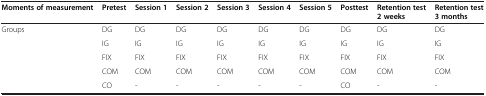
<table><thead><tr><td><b>Moments of measurement</b></td><td><b>Pretest</b></td><td><b>Session 1</b></td><td><b>Session 2</b></td><td><b>Session 3</b></td><td><b>Session 4</b></td><td><b>Session 5</b></td><td><b>Posttest</b></td><td><b>Retention test 2 weeks</b></td><td><b>Retention test 3 months</b></td></tr></thead><tbody><tr><td rowspan="5">Groups</td><td>DG</td><td>DG</td><td>DG</td><td>DG</td><td>DG</td><td>DG</td><td>DG</td><td>DG</td><td>DG</td></tr><tr><td>IG</td><td>IG</td><td>IG</td><td>IG</td><td>IG</td><td>IG</td><td>IG</td><td>IG</td><td>IG</td></tr><tr><td>FIX</td><td>FIX</td><td>FIX</td><td>FIX</td><td>FIX</td><td>FIX</td><td>FIX</td><td>FIX</td><td>FIX</td></tr><tr><td>COM</td><td>COM</td><td>COM</td><td>COM</td><td>COM</td><td>COM</td><td>COM</td><td>COM</td><td>COM</td></tr><tr><td>CO</td><td>-</td><td>-</td><td>-</td><td>-</td><td>-</td><td>CO</td><td>-</td><td>-</td></tr></tbody></table>